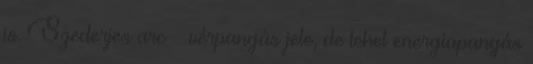
is. Szederjes arc – vérpangás jele, de lehet energiapangás